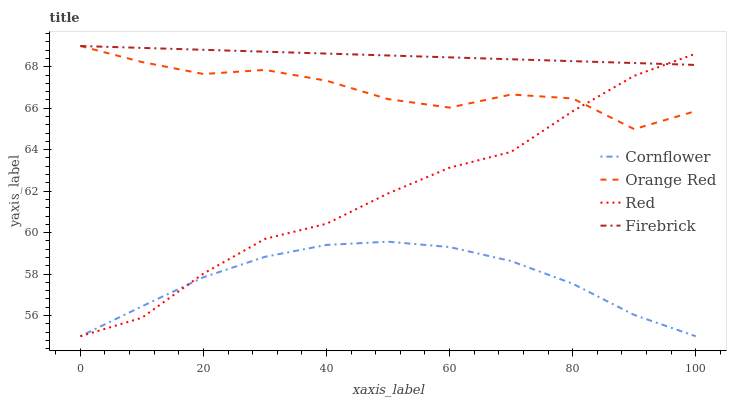
| xaxis_label | Cornflower | Orange Red | Red | Firebrick |
 | --- | --- | --- | --- | --- |
 | 0 | 55 | 69 | 55 | 69 |
 | 10 | 56.4 | 68.2 | 55.9 | 68.9 |
 | 20 | 57.8 | 67.7 | 58 | 68.8 |
 | 30 | 58.8 | 67.8 | 59.7 | 68.7 |
 | 40 | 59.4 | 67.3 | 60.4 | 68.6 |
 | 50 | 59.6 | 66.4 | 61.9 | 68.5 |
 | 60 | 59.3 | 66 | 63.1 | 68.5 |
 | 70 | 58.6 | 66.7 | 63.9 | 68.4 |
 | 80 | 57.5 | 66.5 | 65.9 | 68.3 |
 | 90 | 56 | 65 | 67.6 | 68.2 |
 | 100 | 55 | 65.9 | 68.6 | 68.1 |